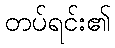
တပ်ရင်း၏